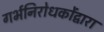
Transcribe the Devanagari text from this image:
गर्भनिरोधकोंद्वारा